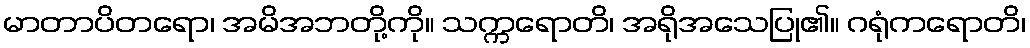
မာတာပိတရော၊ အမိအဘတို့ကို။ သက္ကရောတိ၊ အရိုအသေပြု၏။ ဂရုံကရောတိ၊